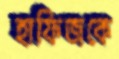
হাফিজকে